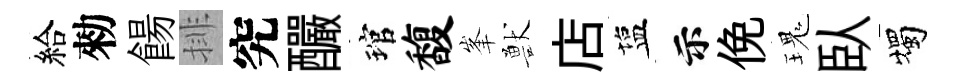
給勑餳排究釅琯馥峯獸店塩示俛瑰臥燭